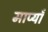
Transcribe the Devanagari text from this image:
माप्याँ